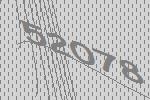
52078